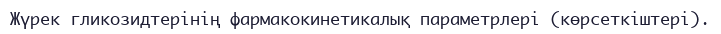
Жүрек гликозидтерінің фармакокинетикалық параметрлері (көрсеткіштері).